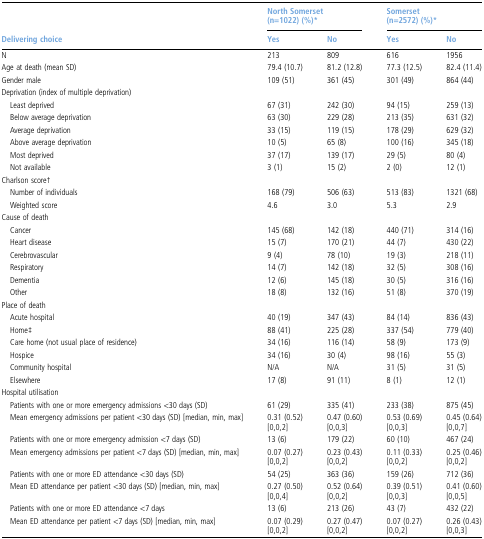
<table><thead><tr><td></td><td colspan="2"><b>North Somerset (n=1022) (%)*</b></td><td colspan="2"><b>Somerset (n=2572) (%)*</b></td></tr><tr><td><b>Delivering choice</b></td><td><b>Yes</b></td><td><b>No</b></td><td><b>Yes</b></td><td><b>No</b></td></tr></thead><tbody><tr><td>N</td><td>213</td><td>809</td><td>616</td><td>1956</td></tr><tr><td>Age at death (mean SD)</td><td>79.4 (10.7)</td><td>81.2 (12.8)</td><td>77.3 (12.5)</td><td>82.4 (11.4)</td></tr><tr><td>Gender male</td><td>109 (51)</td><td>361 (45)</td><td>301 (49)</td><td>864 (44)</td></tr><tr><td colspan="5">Deprivation (index of multiple deprivation)</td></tr><tr><td> Least deprived</td><td>67 (31)</td><td>242 (30)</td><td>94 (15)</td><td>259 (13)</td></tr><tr><td> Below average deprivation</td><td>63 (30)</td><td>229 (28)</td><td>213 (35)</td><td>631 (32)</td></tr><tr><td> Average deprivation</td><td>33 (15)</td><td>119 (15)</td><td>178 (29)</td><td>629 (32)</td></tr><tr><td> Above average deprivation</td><td>10 (5)</td><td>65 (8)</td><td>100 (16)</td><td>345 (18)</td></tr><tr><td> Most deprived</td><td>37 (17)</td><td>139 (17)</td><td>29 (5)</td><td>80 (4)</td></tr><tr><td> Not available</td><td>3 (1)</td><td>15 (2)</td><td>2 (0)</td><td>12 (1)</td></tr><tr><td colspan="5">Charlson score†</td></tr><tr><td> Number of individuals</td><td>168 (79)</td><td>506 (63)</td><td>513 (83)</td><td>1321 (68)</td></tr><tr><td> Weighted score</td><td>4.6</td><td>3.0</td><td>5.3</td><td>2.9</td></tr><tr><td colspan="5">Cause of death</td></tr><tr><td> Cancer</td><td>145 (68)</td><td>142 (18)</td><td>440 (71)</td><td>314 (16)</td></tr><tr><td> Heart disease</td><td>15 (7)</td><td>170 (21)</td><td>44 (7)</td><td>430 (22)</td></tr><tr><td> Cerebrovascular</td><td>9 (4)</td><td>78 (10)</td><td>19 (3)</td><td>218 (11)</td></tr><tr><td> Respiratory</td><td>14 (7)</td><td>142 (18)</td><td>32 (5)</td><td>308 (16)</td></tr><tr><td> Dementia</td><td>12 (6)</td><td>145 (18)</td><td>30 (5)</td><td>316 (16)</td></tr><tr><td> Other</td><td>18 (8)</td><td>132 (16)</td><td>51 (8)</td><td>370 (19)</td></tr><tr><td colspan="5">Place of death</td></tr><tr><td> Acute hospital</td><td>40 (19)</td><td>347 (43)</td><td>84 (14)</td><td>836 (43)</td></tr><tr><td> Home‡</td><td>88 (41)</td><td>225 (28)</td><td>337 (54)</td><td>779 (40)</td></tr><tr><td> Care home (not usual place of residence)</td><td>34 (16)</td><td>116 (14)</td><td>58 (9)</td><td>173 (9)</td></tr><tr><td> Hospice</td><td>34 (16)</td><td>30 (4)</td><td>98 (16)</td><td>55 (3)</td></tr><tr><td> Community hospital</td><td>N/A</td><td>N/A</td><td>31 (5)</td><td>31 (5)</td></tr><tr><td> Elsewhere</td><td>17 (8)</td><td>91 (11)</td><td>8 (1)</td><td>12 (1)</td></tr><tr><td colspan="5">Hospital utilisation</td></tr><tr><td> Patients with one or more emergency admissions &lt;30 days (SD)</td><td>61 (29)</td><td>335 (41)</td><td>233 (38)</td><td>875 (45)</td></tr><tr><td> Mean emergency admissions per patient &lt;30 days (SD) [median, min, max]</td><td>0.31 (0.52)[0,0,2]</td><td>0.47 (0.60)[0,0,3]</td><td>0.53 (0.69)[0,0,3]</td><td>0.45 (0.64)[0,0,7]</td></tr><tr><td> Patients with one or more emergency admission &lt;7 days (SD)</td><td>13 (6)</td><td>179 (22)</td><td>60 (10)</td><td>467 (24)</td></tr><tr><td> Mean emergency admissions per patient &lt;7 days (SD) [median, min, max]</td><td>0.07 (0.27)[0,0,2]</td><td>0.23 (0.43)[0,0,2]</td><td>0.11 (0.33)[0,0,2]</td><td>0.25 (0.46)[0,0,2]</td></tr><tr><td> Patients with one or more ED attendance &lt;30 days (SD)</td><td>54 (25)</td><td>363 (36)</td><td>159 (26)</td><td>712 (36)</td></tr><tr><td> Mean ED attendance per patient &lt;30 days (SD) [median, min, max]</td><td>0.27 (0.50)[0,0,4]</td><td>0.52 (0.64)[0,0,2]</td><td>0.39 (0.51)[0,0,3]</td><td>0.41 (0.60)[0,0,5]</td></tr><tr><td> Patients with one or more ED attendance &lt;7 days</td><td>13 (6)</td><td>213 (26)</td><td>43 (7)</td><td>432 (22)</td></tr><tr><td> Mean ED attendance per patient &lt;7 days (SD) [median, min, max]</td><td>0.07 (0.29)[0,0,2]</td><td>0.27 (0.47)[0,0,2]</td><td>0.07 (0.27)[0,0,2]</td><td>0.26 (0.43)[0,0,3]</td></tr></tbody></table>